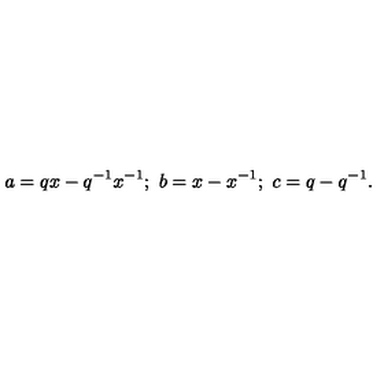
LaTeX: a = q x - q ^ { - 1 } x ^ { - 1 } ; \ b = x - x ^ { - 1 } ; \ c = q - q ^ { - 1 } .